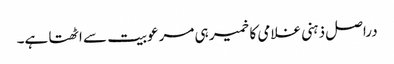
دراصل ذہنی غلامی کا خمیر ہی مرعوبیت سے اٹھتا ہے۔